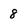
Character: 8